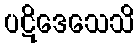
ပဋိဒေသေသိ